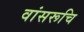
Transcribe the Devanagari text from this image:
वांसरूचि